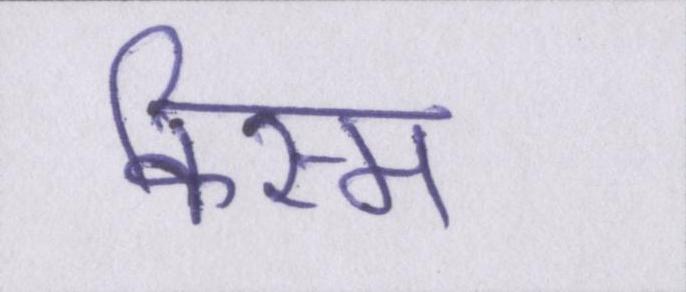
किस्म